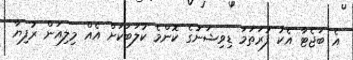
އެ ބަޖެޓާ އެކު ފުރަތަމަ ޑިވިޝަނުގެ ކޮންމެ ކުލަބަކަށް އެއް މިލިއަން ރުފިޔާ